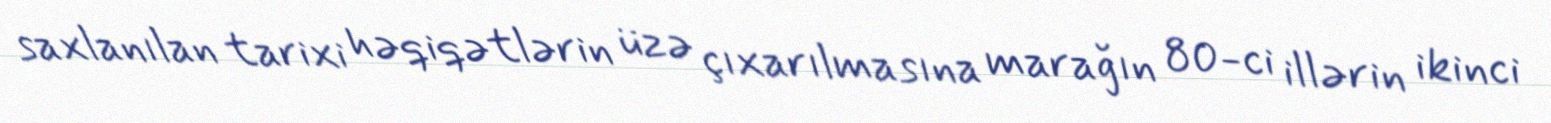
saxlanılan tarixi həqiqətlərin üzə çıxarılmasına marağın 80-ci illərin ikinci